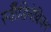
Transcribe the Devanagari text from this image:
स्कैँडिनेवियन